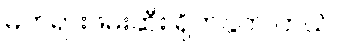
မတရားဖမ်းဆီး ရိုက်နှက် တယ်။